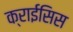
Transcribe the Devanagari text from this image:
क्राईसिस